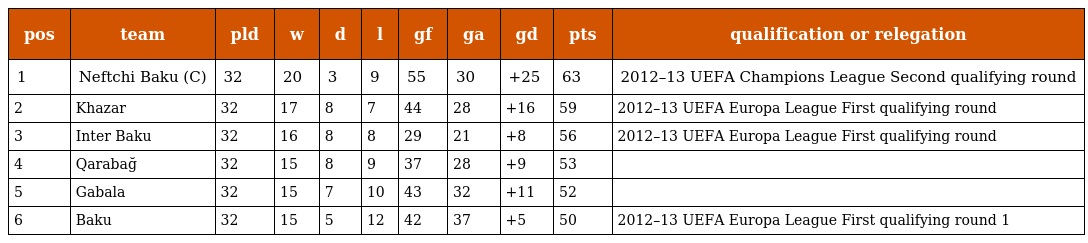
| pos | team | pld | w | d | l | gf | ga | gd | pts | qualification or relegation |
 | --- | --- | --- | --- | --- | --- | --- | --- | --- | --- | --- |
 | 1 | Neftchi Baku (C) | 32 | 20 | 3 | 9 | 55 | 30 | +25 | 63 | 2012–13 UEFA Champions League Second qualifying round |
 | 2 | Khazar | 32 | 17 | 8 | 7 | 44 | 28 | +16 | 59 | 2012–13 UEFA Europa League First qualifying round |
 | 3 | Inter Baku | 32 | 16 | 8 | 8 | 29 | 21 | +8 | 56 | 2012–13 UEFA Europa League First qualifying round |
 | 4 | Qarabağ | 32 | 15 | 8 | 9 | 37 | 28 | +9 | 53 |  |
 | 5 | Gabala | 32 | 15 | 7 | 10 | 43 | 32 | +11 | 52 |  |
 | 6 | Baku | 32 | 15 | 5 | 12 | 42 | 37 | +5 | 50 | 2012–13 UEFA Europa League First qualifying round 1 |